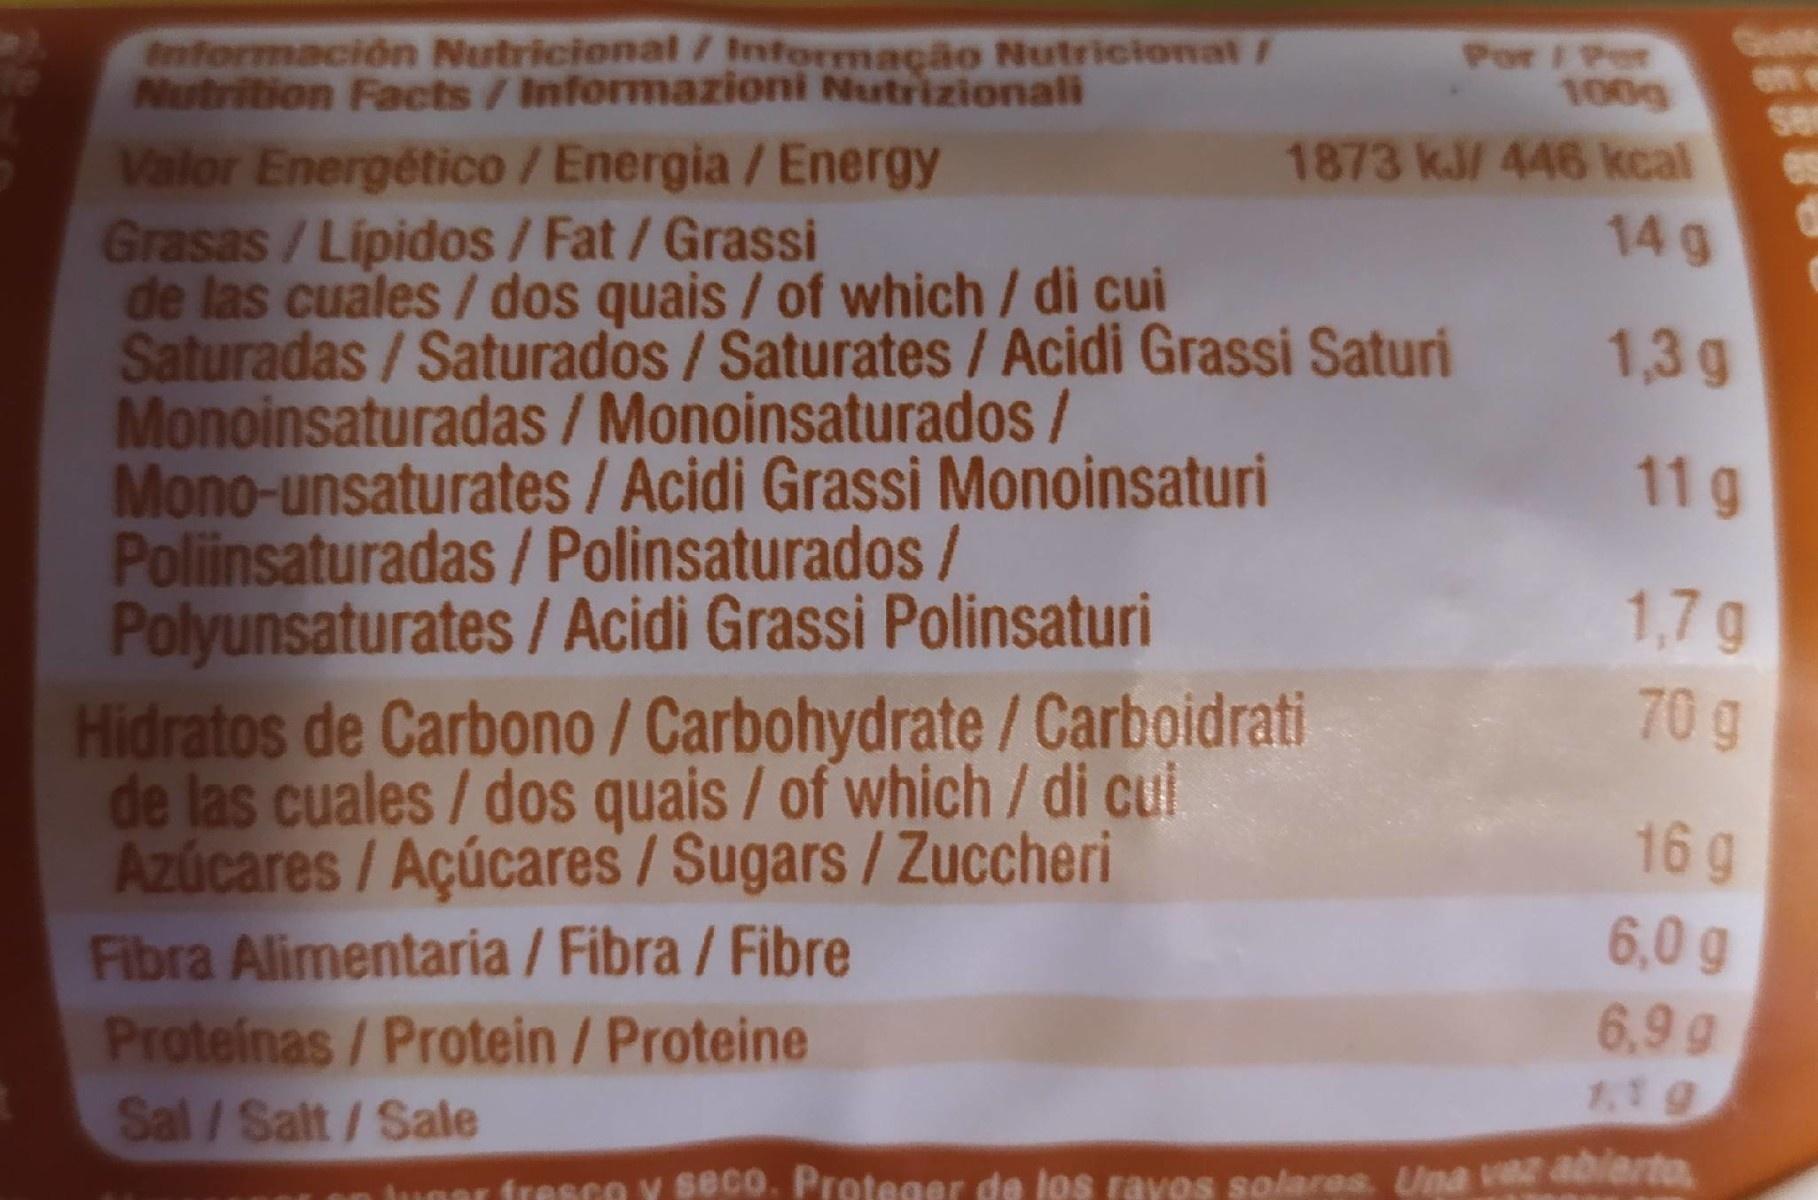
Información Nutricional / Informação Nutricionat / Nutrition Facts/Informazioni Nutrizionali Por / Per 100g ser 1873 kJ/ 446 kcal 14 g Valor Energético /Energia /Energy Grasas /Lipidos /Fat/Grassi de las cuales / dos quais / of which / di cui Saturadas / Saturados / Saturates/Acidi Grassi Saturi Monoinsaturadas /Monoinsaturados/ Mono-unsaturates/Acidi Grassi Monoinsaturi Poliinsaturadas / Polinsaturados/ Polyunsaturates / Acidi Grassi Polinsaturi Hidratos de Carbono / Carbohydrate/Carboidrati de las cuales / dos quais / of which / di cui Azúcares/Açúcares/Sugars/Zuccheri Fibra Alimentaria /Fibra / Fibre Proteinas/Protein/Proteine Sal/Salt/Sale 1,3 g 11 g 1,7g 70 g 16 g 6,0 g 6.9 g 1,1 g ar fresce y seco. Proteger de los ravos solares. Una vaz abierto